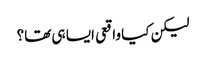
لیکن کیا واقعی ایسا ہی تھا؟